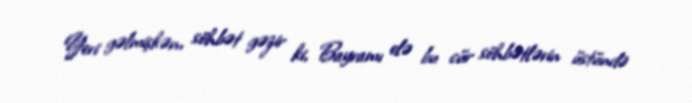
Yeri gəlmişkən, söhbət gəzir ki, Bayramı elə bu cür söhbətlərin üstündə